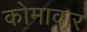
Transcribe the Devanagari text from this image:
कोमावार